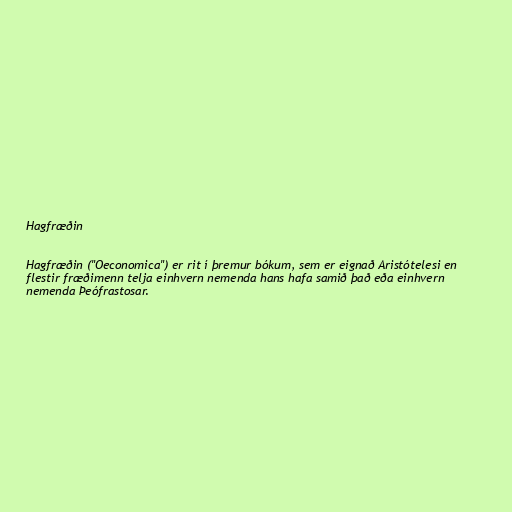
Hagfræðin

Hagfræðin ("Oeconomica") er rit í þremur bókum, sem er eignað Aristótelesi en
flestir fræðimenn telja einhvern nemenda hans hafa samið það eða einhvern
nemenda Þeófrastosar.